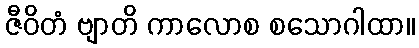
ဇီဝိတံ ဗျာတိ ကာလောစ စသောဂါထာ။